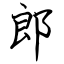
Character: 郎